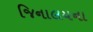
જિનાલયના